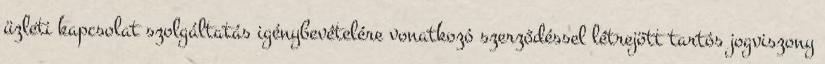
üzleti kapcsolat szolgáltatás igénybevételére vonatkozó szerződéssel létrejött tartós jogviszony